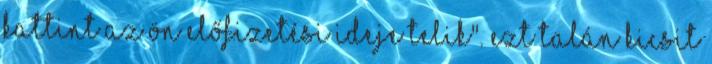
kattint az Ön előfizetési ideje telik". Ezt talán kicsit